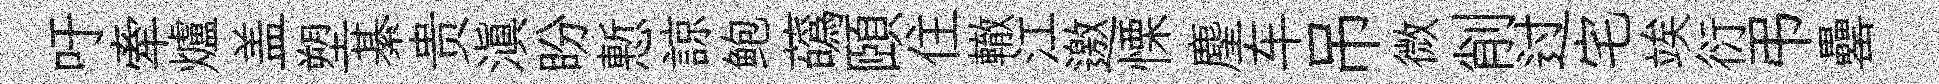
吁牽爐盖塑綦贵滇盼慙諒鲍蘤頤住轍江邀慄麈车吊微削过宅竢衍弔罍